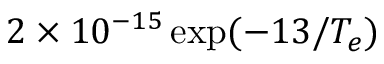
2 \times 1 0 ^ { - 1 5 } \exp ( { - 1 3 / T _ { e } } )